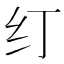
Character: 𰫼